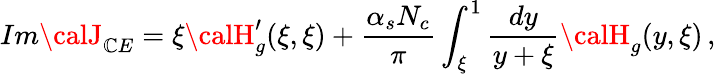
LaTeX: Im{\calJ}_{\mathbb{C}E}=\xi{\calH}_{g}^{\prime}(\xi,\xi)+\frac{{\alpha_{s}N_{c}}}{{\pi}}\int_{\xi}^{1}\frac{{dy}}{{y+\xi}}{\calH}_{g}(y,\xi)\, ,